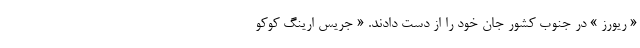
« ریورز » در جنوب کشور جان خود را از دست دادند. « جریس ارینگ کوکو